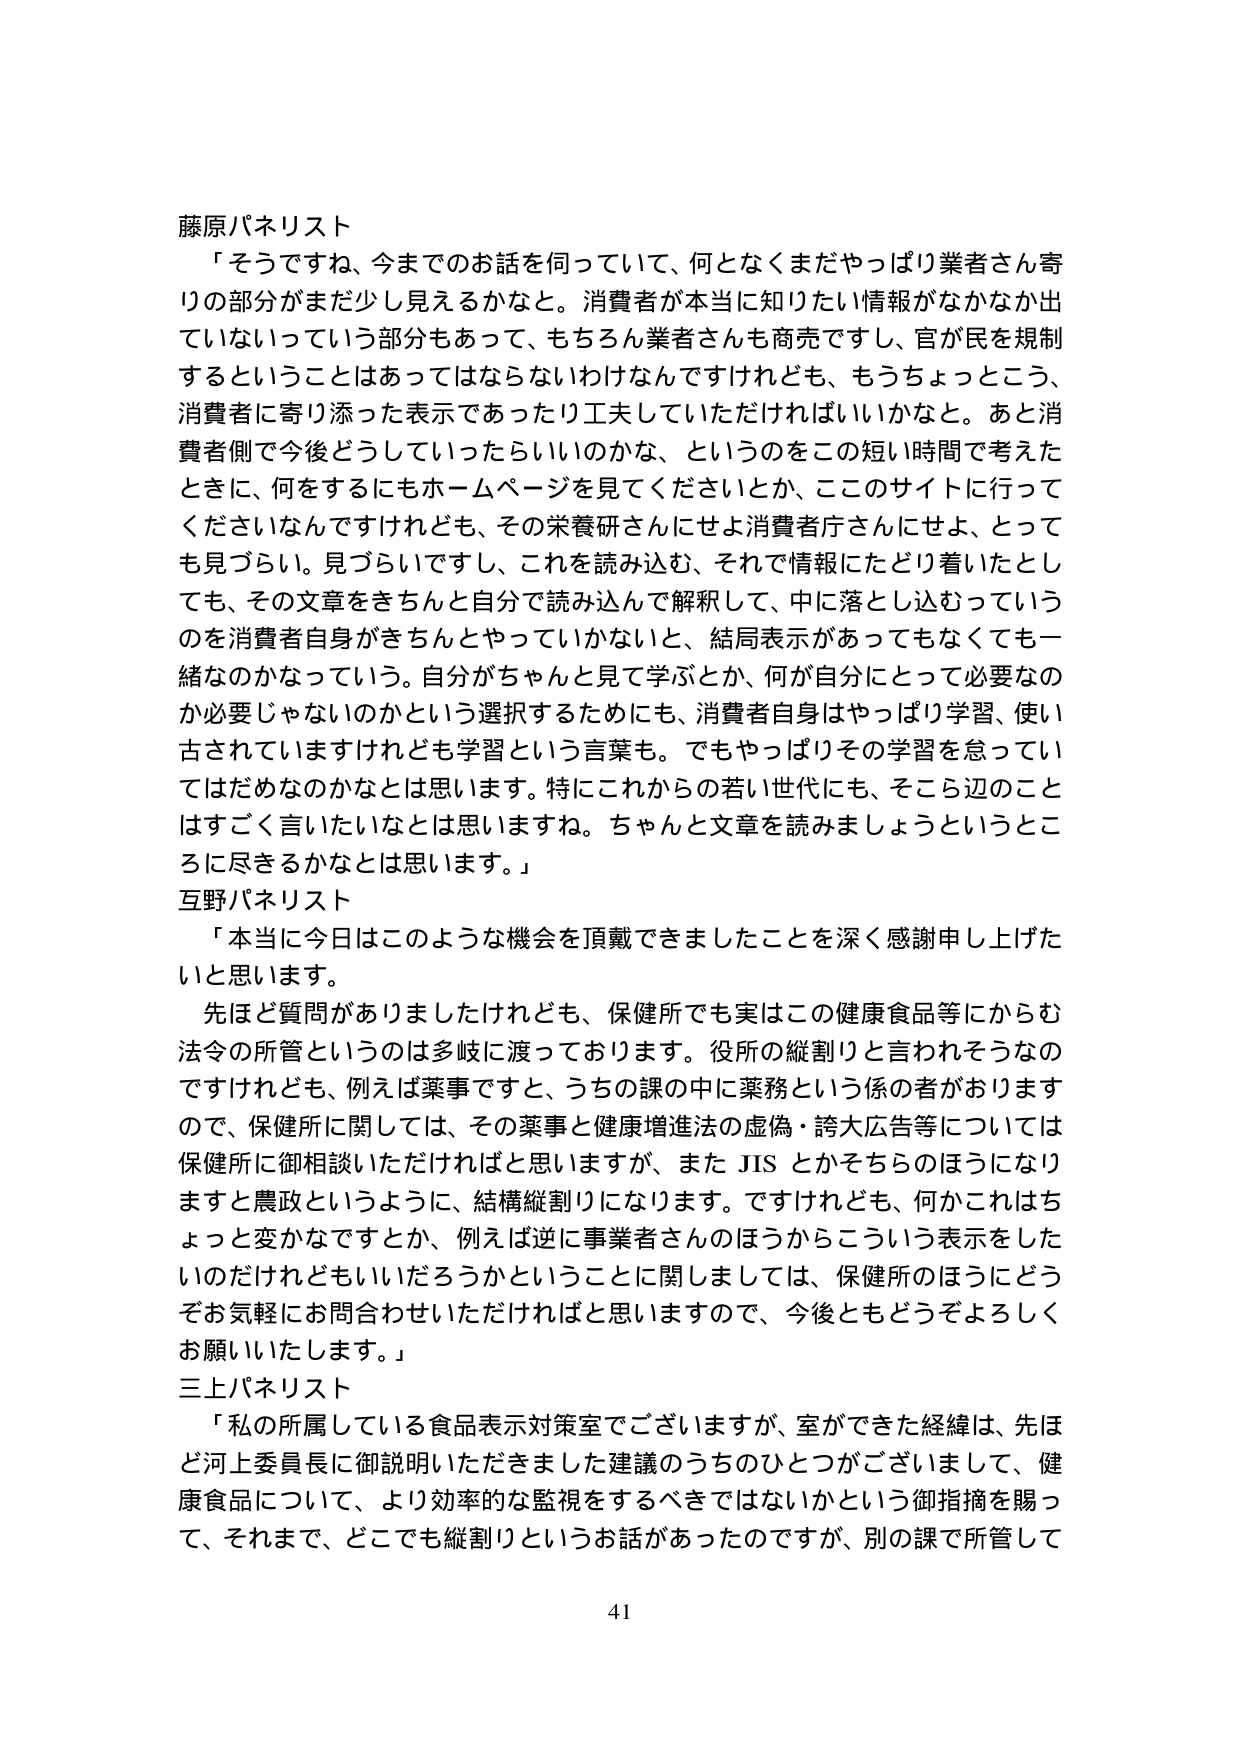
藤原パネリスト
「そうですね、今までのお話を伺っていて、何となくまだやっぱり業者さん寄りの部分がまだ少し見えるかなと。消費者が本当に知りたい情報がなかなか出ていないっていう部分もあって、もちろん業者さんも商売ですし、官が民を規制するということはあってはならないわけなんですけれども、もうちょっとこう、消費者に寄り添った表示であったり工夫していただければいいかなと。あと消費者側で今後どうしていったらいいのかな、というのをこの短い時間で考えたときに、何をするにもホームページを見てくださいとか、ここのサイトに行ってくださいなんですけれども、その栄養研さんにせよ消費者庁さんにせよ、とっても見づらい。見づらいですし、これを読み込む、それで情報にたどり着いたとしても、その文章をきちんと自分で読み込んで解釈して、中に落とし込っていうのを消費者自身がきちんとやっていかないと、結局表示があってもなくても一緒なのかなっていう。自分がちゃんと見て学ぶとか、何が自分にとって必要なのか必要じゃないのかという選択するためにも、消費者自身はやっぱり学習、使い古されていますけれども学習という言葉も。でもやっぱりその学習を怠っていてはだめなのかなとは思います。特にこれから若い世代にも、そこら辺のことはすごく言いたいなとは思いますね。ちゃんと文章を読みましょうというところに尽きるかなとは思います。」

互野パネリスト
「本当に今日はこのような機会を頂戴できましたことを深く感謝申し上げたいと思います。
先ほど質問がありましたけれども、保健所でも実はこの健康食品等にからむ法令の所管というのは多岐に渡っております。役所の縦割りと言われそうなのですがけれども、例えば薬事ですと、うちの課の中に薬務という係の者がおりますので、保健所に関しては、その薬事と健康増進法の虚偽・誇大広告等については保健所に御相談いただければと思いますが、また JIS とかそちらのほうになりますと農政というように、結構縦割りになります。ですけれども、何かこれはちょっと変かなですとか、例えば逆に事業者さんのほうからこういう表示をしたいのだけれどもいいだろうかということに関しましては、保健所のほうにどうぞお気軽にお問合せいただければと思いますので、今後ともどうぞよろしくお願いいたします。」

三上パネリスト
「私の所属している食品表示対策室でございますが、室ができた経緯は、先ほど河上委員長に御説明いただきました建議のうちのひとつがございまして、健康食品について、より効率的な監視をするべきではないかという御指摘を賜って、それまで、どこでも縦割りというお話があったのですが、別の課で所管して

41